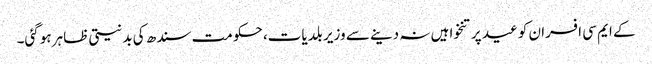
کے ایم سی افسران کو عید پر تنخواہیں نہ دینے سے وزیر بلدیات، حکومت سندھ کی بدنیتی ظاہر ہوگئی۔